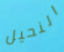
النحيل